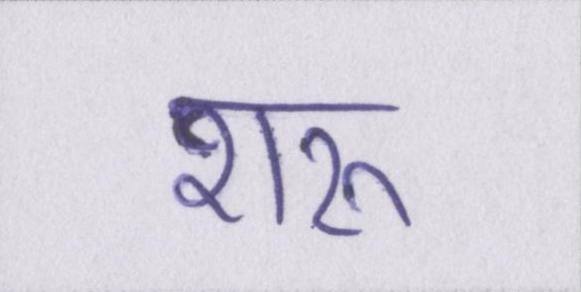
शरू